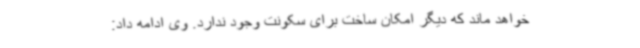
خواهد ماند که دیگر امکان ساخت برای سکونت وجود ندارد. وی ادامه داد: